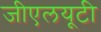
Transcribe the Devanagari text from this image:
जीएलयूटी